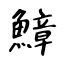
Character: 鱆